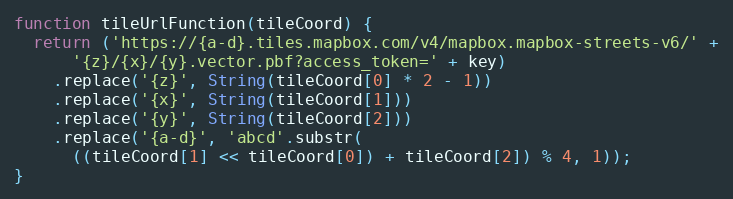
Language: JavaScript
function tileUrlFunction(tileCoord) {
  return ('https://{a-d}.tiles.mapbox.com/v4/mapbox.mapbox-streets-v6/' +
      '{z}/{x}/{y}.vector.pbf?access_token=' + key)
    .replace('{z}', String(tileCoord[0] * 2 - 1))
    .replace('{x}', String(tileCoord[1]))
    .replace('{y}', String(tileCoord[2]))
    .replace('{a-d}', 'abcd'.substr(
      ((tileCoord[1] << tileCoord[0]) + tileCoord[2]) % 4, 1));
}